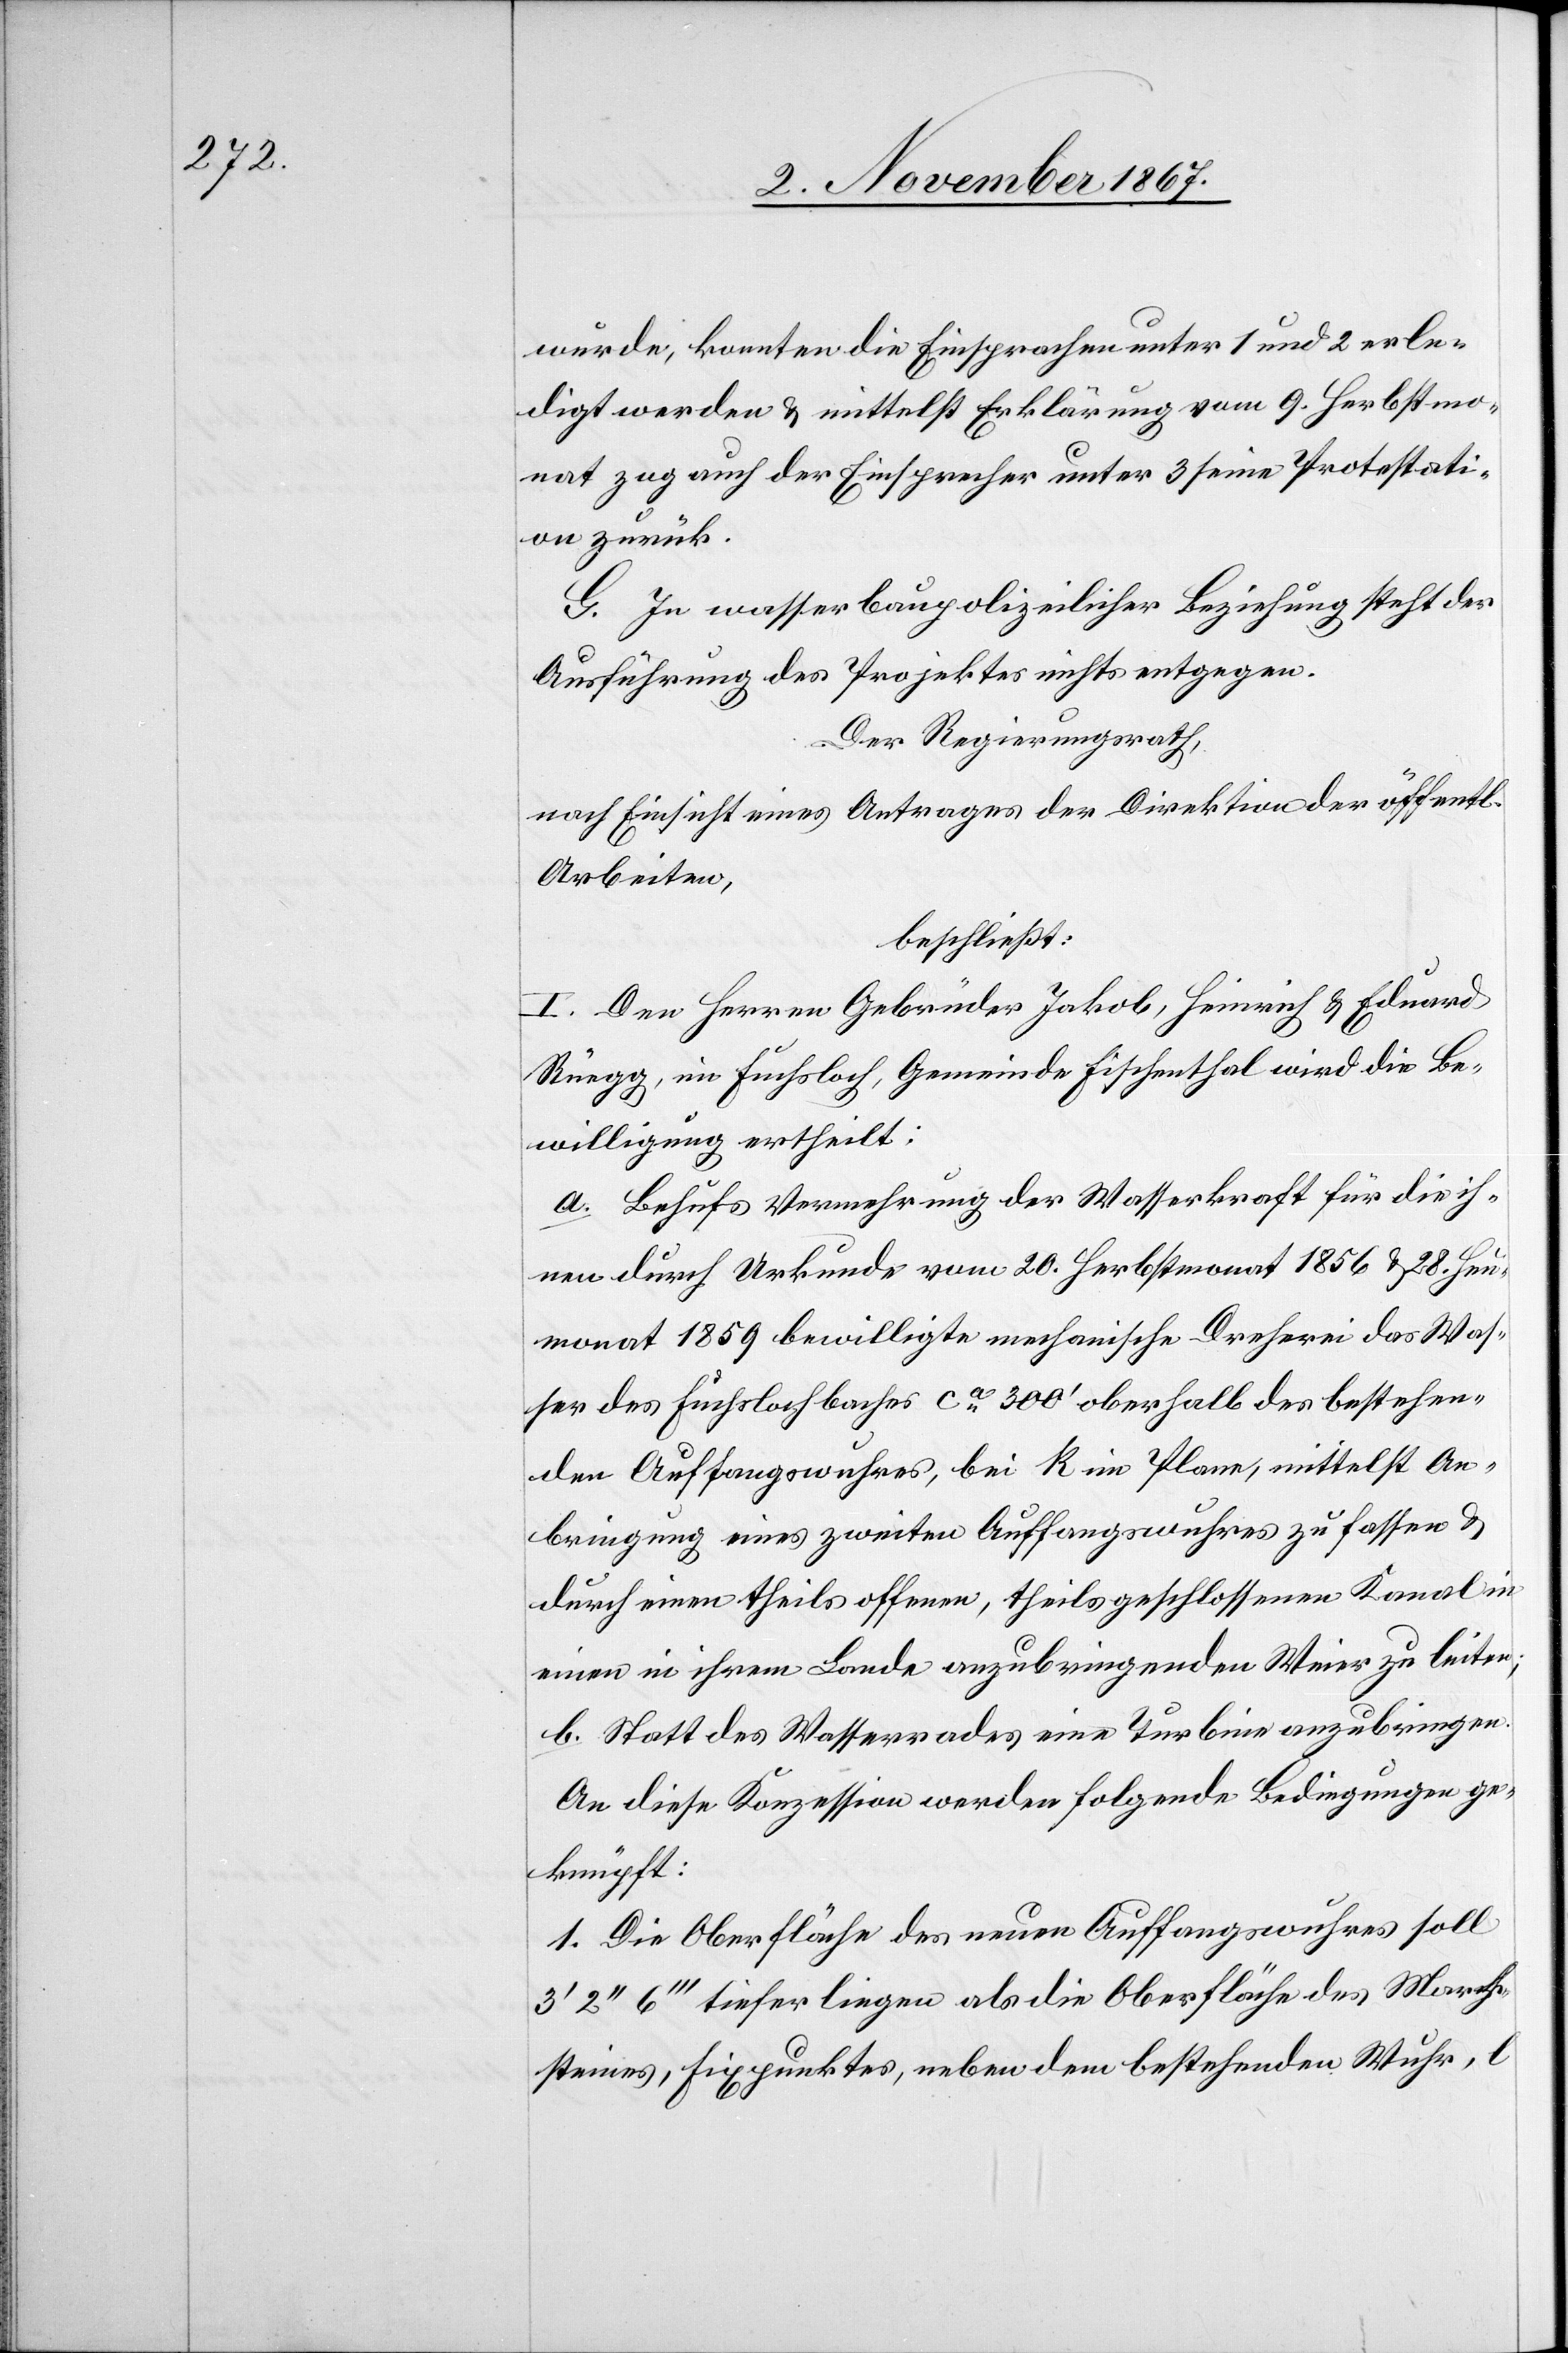
erledigt werden u. mittelst Erklärung vom 9. Herbstmo¬
nat zog auch der Einsprecher unter 3 seine Protestati¬
on zurück.
G. In wasserbaupolizeilicher Beziehung steht der
Ausführung des Projektes nichts entgegen.
Der Regierungsrath,
nach Einsicht eines Antrages der Direktion der öff.
Arbeiten,
beschließt:
I. Den Herren Gebrüder Jakob, Heinrich u. Eduard
Rüegg, im Fuchsloch, Gemeinde Fischenthal wird die Be¬
willigung ertheilt:
a. Behufs Vermehrung der Wasserkraft für die ih¬
nen durch Urkunde vom 20. Herbstmonat 1856 u. 28. Heu¬
monat 1859 bewilligte mechanische Dreherei das Was¬
ser des Fuchslochbaches ca. 300‘ oberhalb des bestehen¬
den Auffangswuhres, bei k im Plane, mittelst An¬
bringung eines zweiten Auffangswuhres zu fassen u.
durch einen theils offenen, theils geschlossenen Kanal in
einen in ihrem Lande anzubringenden Weier zu leiten.
b. Statt des Wasserrades eine Turbine anzubringen.
An diese Konzession werden folgende Bedingungen ge¬
knüpft:
1. Die Oberfläche des neuen Auffangswuhres soll
3‘2‘‘6‘‘ tiefer liegen als die Oberfläche des March¬
steines, Fixpunktes, neben dem bestehenden Wuhr, l